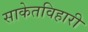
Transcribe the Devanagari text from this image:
साकेतविहारी